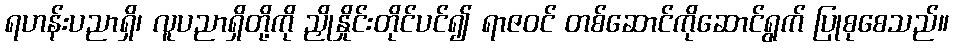
ရဟန်းပညာရှိ၊ လူပညာရှိတို့ကို ညှိုနှိုင်းတိုင်ပင်၍ ရာဇဝင် တစ်ဆောင်ကိုဆောင်ရွက် ပြုစုစေသည်။